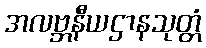
အလဗ္ဘနီယဌာနသုတ္တံ